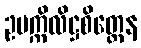
ဥပက္ကိလိဋ္ဌစိတ္တေန